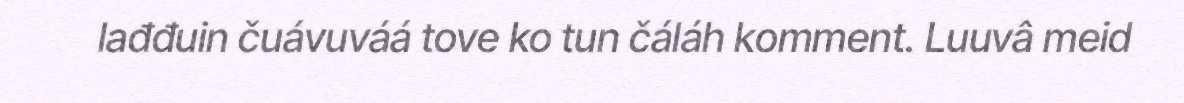
lađđuin čuávuváá tove ko tun čáláh komment. Luuvâ meid